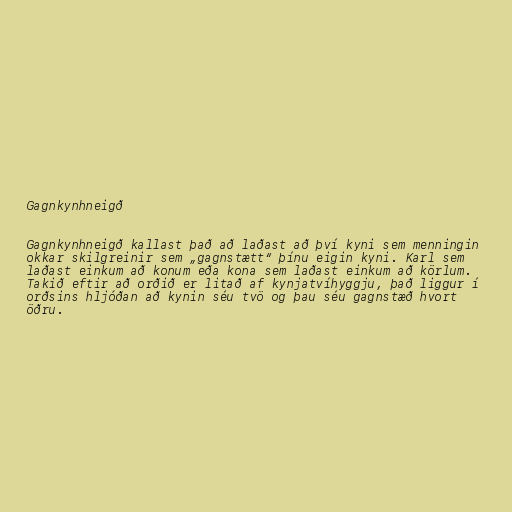
Gagnkynhneigð

Gagnkynhneigð kallast það að laðast að því kyni sem menningin
okkar skilgreinir sem „gagnstætt“ þínu eigin kyni. Karl sem
laðast einkum að konum eða kona sem laðast einkum að körlum.
Takið eftir að orðið er litað af kynjatvíhyggju, það liggur í
orðsins hljóðan að kynin séu tvö og þau séu gagnstæð hvort
öðru.